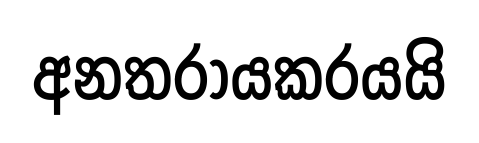
අනතරායකරයයි